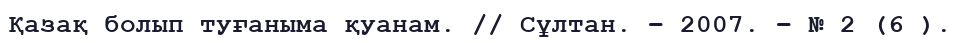
Қазақ болып туғаныма қуанам. // Сұлтан. – 2007. – № 2 (6 ).